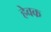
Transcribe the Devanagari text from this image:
हेवक